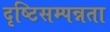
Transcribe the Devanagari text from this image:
दृष्टिसम्पन्नता